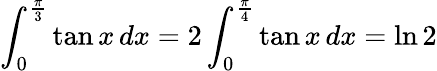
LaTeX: \int_{0}^{\frac{\pi}{3}}\tan x\, dx=2\int_{0}^{\frac{\pi}{4}}\tan x\, dx=\ln 2